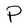
Character: P